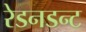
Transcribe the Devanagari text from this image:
रेडनडन्ट